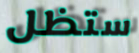
ستظل